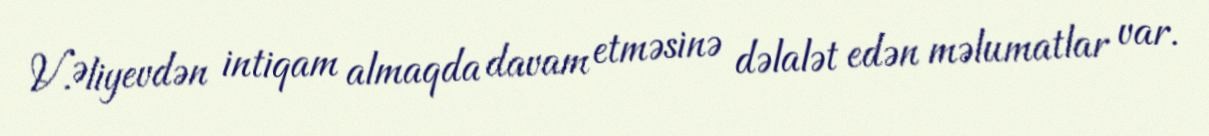
V.Əliyevdən intiqam almaqda davam etməsinə dəlalət edən məlumatlar var.